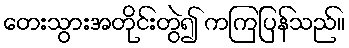
တေးသွားအတိုင်းတွဲ၍ ကကြပြန်သည်။